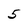
Character: 5